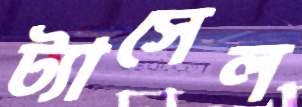
ট্যাসেল